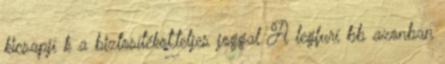
kicsapjí k a biztosí­tékot,teljes joggal A legfurí bb azonban